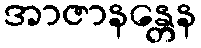
အာဇာနန္တေန